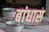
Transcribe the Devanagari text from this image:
बांधास